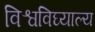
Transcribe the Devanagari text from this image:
विश्वविघ्याल्य